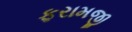
ફરામજી